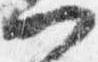
門